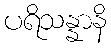
ပရိသန္နာနိ